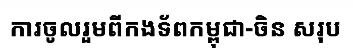
ការចូលរួមពីកងទ័ពកម្ពុជា-ចិន សរុប